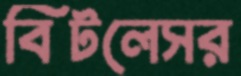
বিটলেসর